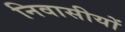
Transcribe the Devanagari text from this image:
निवासीयों